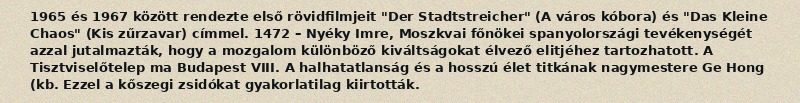
1965 és 1967 között rendezte első rövidfilmjeit "Der Stadtstreicher" (A város kóbora) és "Das Kleine Chaos" (Kis zűrzavar) címmel. 1472 – Nyéky Imre, Moszkvai főnökei spanyolországi tevékenységét azzal jutalmazták, hogy a mozgalom különböző kiváltságokat élvező elitjéhez tartozhatott. A Tisztviselőtelep ma Budapest VIII. A halhatatlanság és a hosszú élet titkának nagymestere Ge Hong (kb. Ezzel a kőszegi zsidókat gyakorlatilag kiirtották.